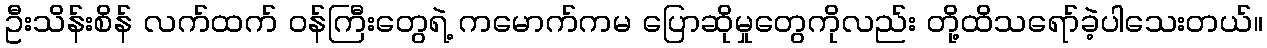
ဦးသိန်းစိန် လက်ထက် ဝန်ကြီးတွေရဲ့ ကမောက်ကမ ပြောဆိုမှုတွေကိုလည်း တို့ထိသရော်ခဲ့ပါသေးတယ်။